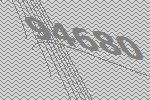
94680